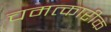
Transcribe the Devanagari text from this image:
चमत्कारीक